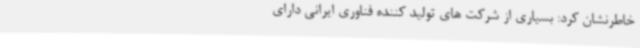
خاطرنشان کرد: بسیاری از شرکت های تولید کننده فناوری ایرانی دارای